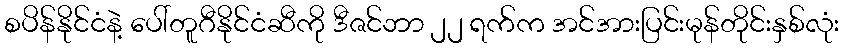
စပိန်နိုင်ငံနဲ့ ပေါ်တူဂီနိုင်ငံဆီကို ဒီဇင်ဘာ ၂၂ ရက်က အင်အားပြင်းမုန်တိုင်းနှစ်လုံး